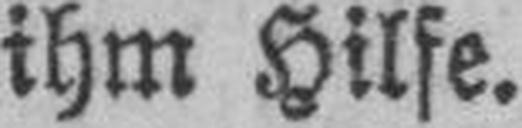
ihm Hilfe.